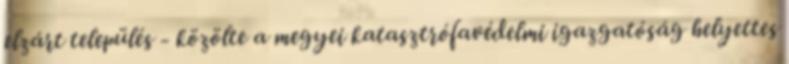
elzárt település - közölte a megyei katasztrófavédelmi igazgatóság helyettes